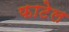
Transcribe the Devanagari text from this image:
फाटेल